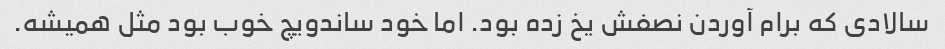
سالادی که برام آوردن نصفش یخ زده بود. اما خود ساندویچ خوب بود مثل همیشه.